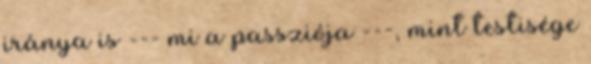
iránya is --- mi a passziója ---, mint testisége